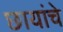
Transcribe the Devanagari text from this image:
छायांचे